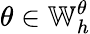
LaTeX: \theta\in\mathbb{W}_{h}^{\theta}